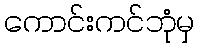
ကောင်းကင်ဘုံမှ